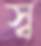
স্ব